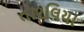
તારલિયા